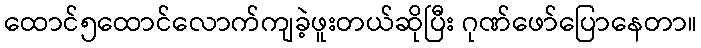
ထောင်၅ထောင်လောက်ကျခဲ့ဖူးတယ်ဆိုပြီး ဂုဏ်ဖော်ပြောနေတာ။